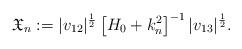
LaTeX: \begin{align*}\mathfrak{X}_n := |v_{12}|^{\frac 12} \left[H_0 + k_n^2 \right]^{-1} |v_{13}|^{\frac 12} . \end{align*}